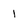
Character: 1